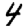
Digit: 4